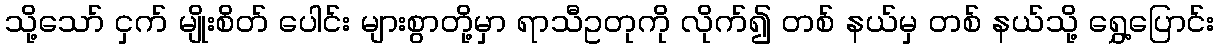
သို့သော် ငှက် မျိုးစိတ် ပေါင်း များစွာတို့မှာ ရာသီဥတုကို လိုက်၍ တစ် နယ်မှ တစ် နယ်သို့ ရွှေ့ပြောင်း